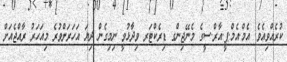
ކުރެއްވިއެވެ. އެމް.އެމް.ޕީ.އާރް.ސީގެ މެނޭޖިންގ ޑިރެކްޓަރ ވިދާޅުވީ ނިމިގެން ދިޔަ އަހަރަށްވުރެ މިއަހަރު ރާއްޖެއަށް